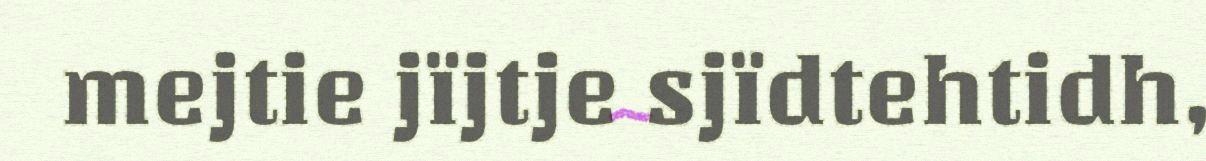
mejtie jïjtje sjïdtehtidh,